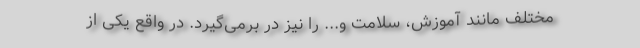
مختلف مانند آموزش، سلامت و... را نیز در برمی‌گیرد. در واقع یکی از